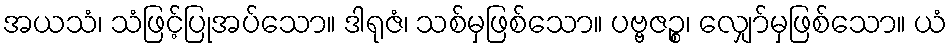
အယသံ၊ သံဖြင့်ပြုအပ်သော။ ဒါရုဇံ၊ သစ်မှဖြစ်သော။ ပဗ္ဗဇဉ္စ၊ လျှော်မှဖြစ်သော။ ယံ